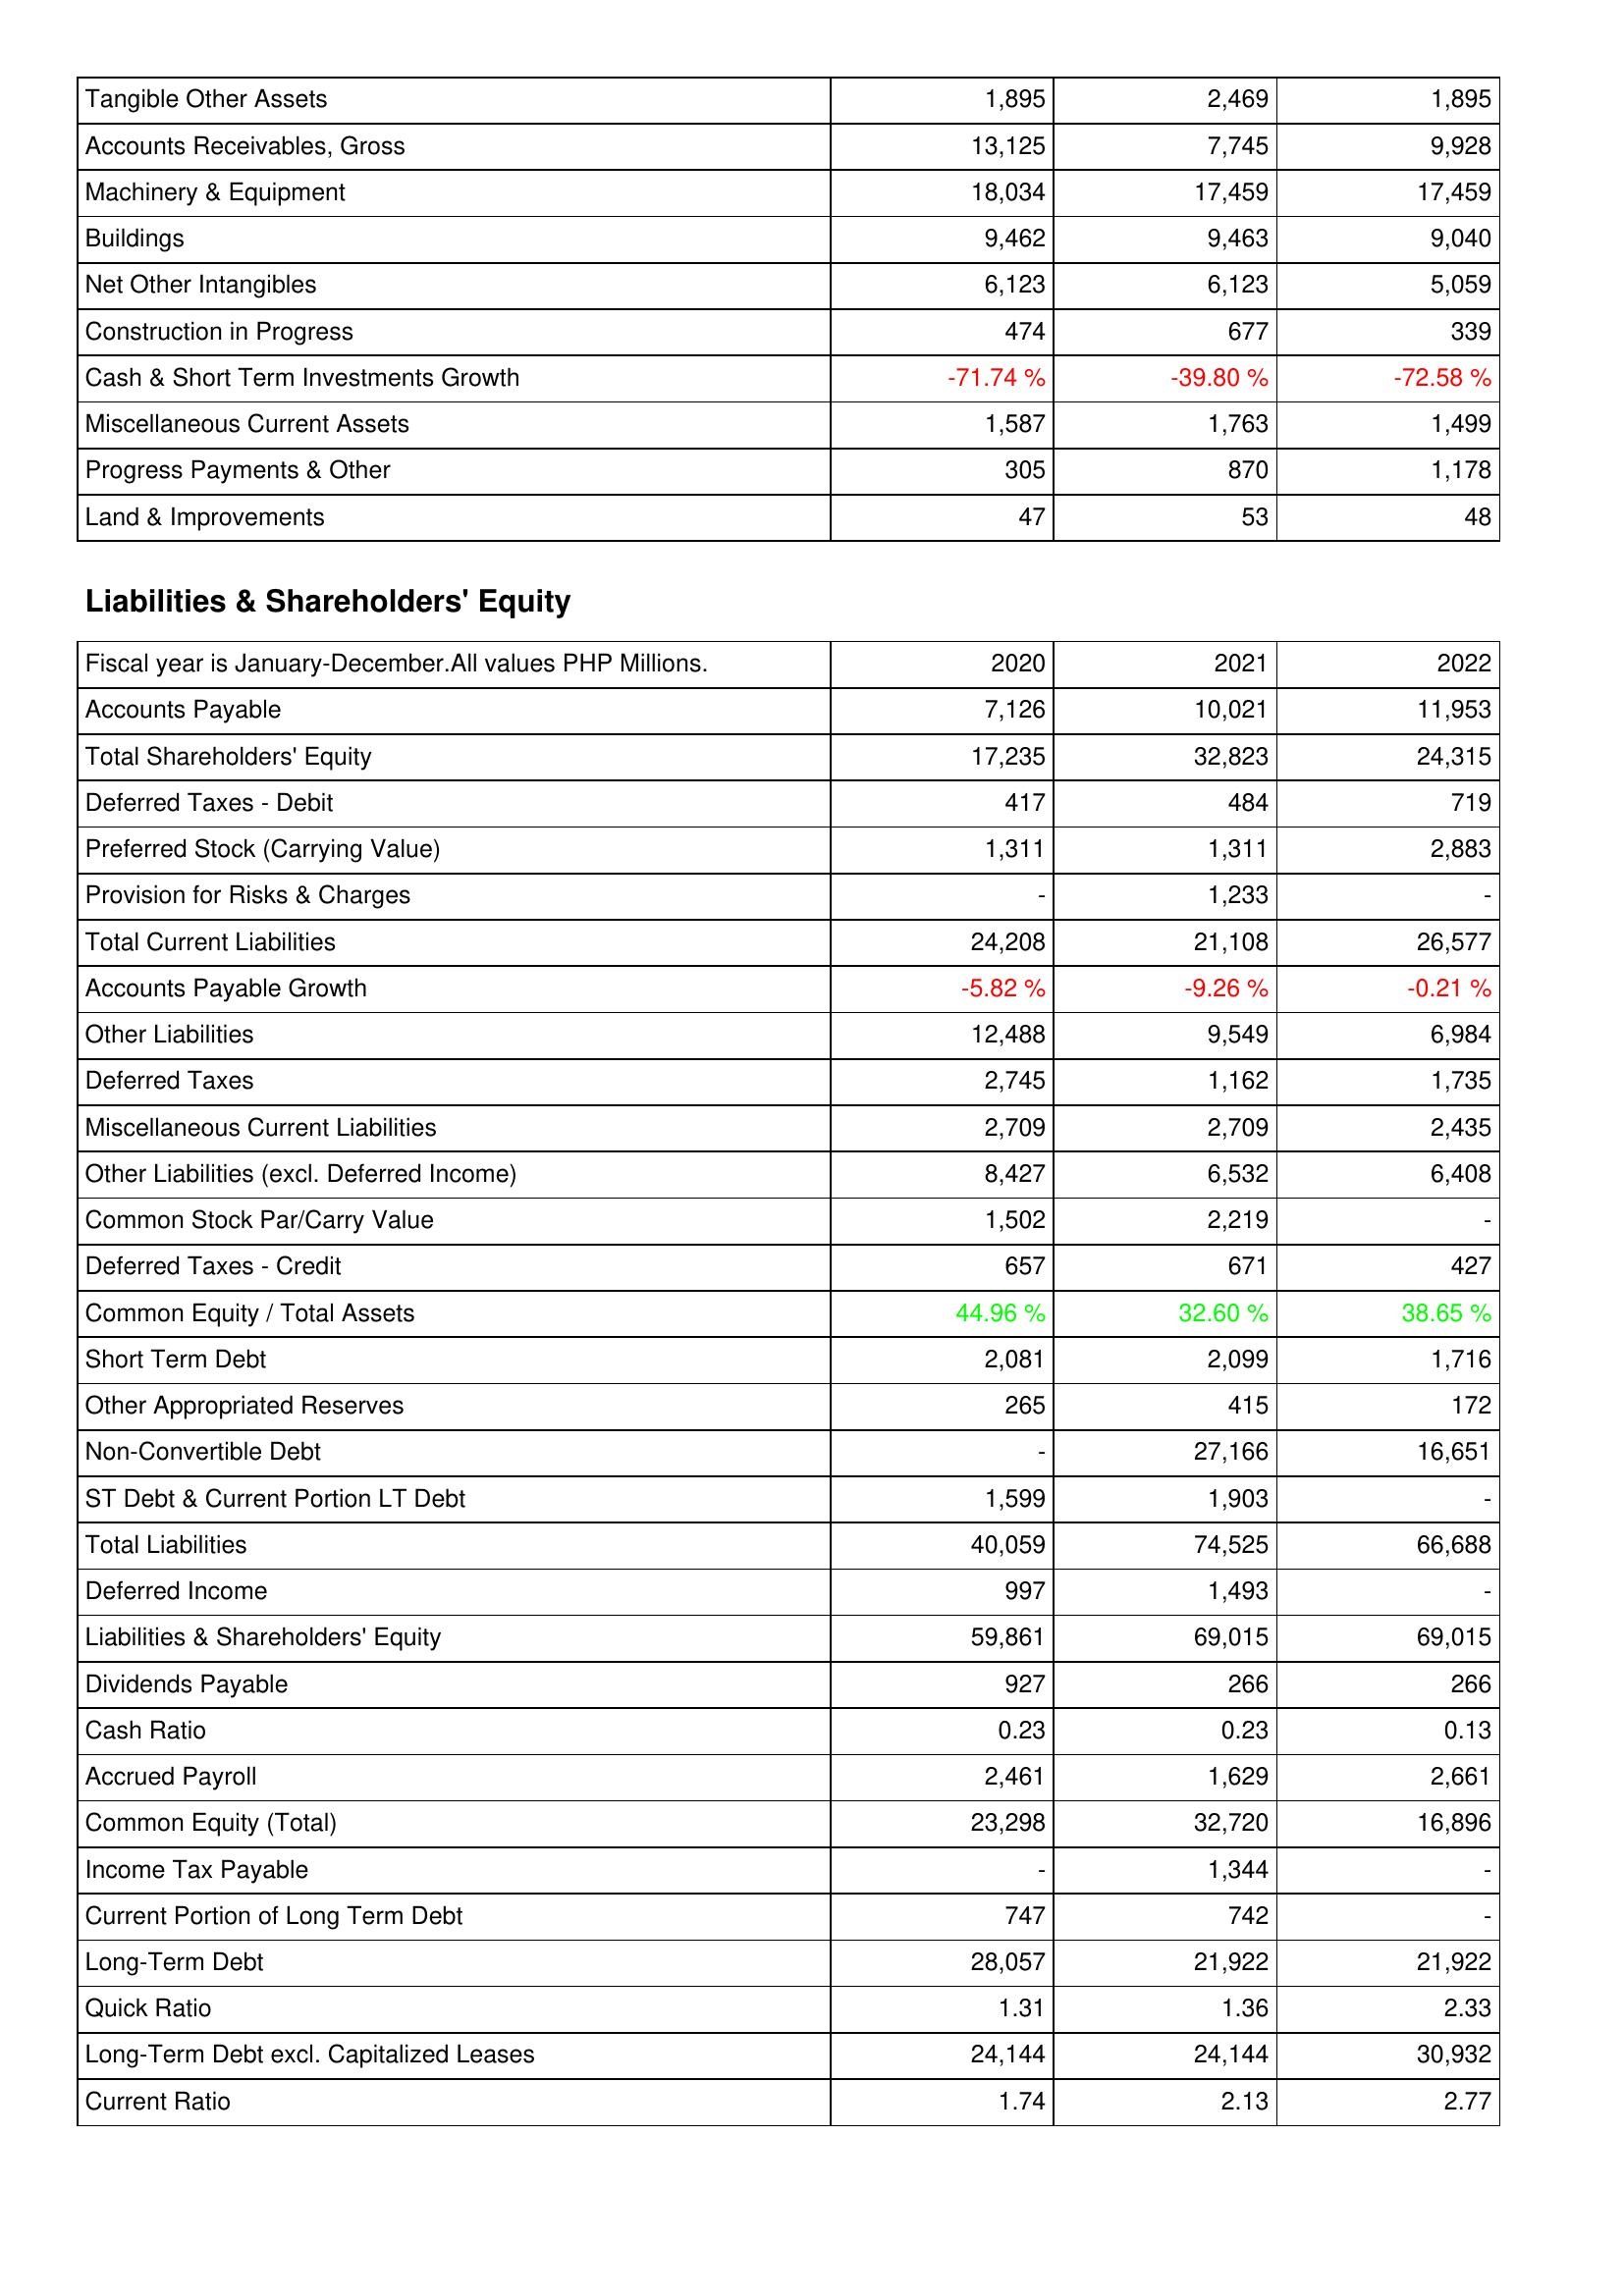
2020: Assets: Tangible Other Assets: 1,895
Accounts Receivables, Gross: 13,125
Machinery & Equipment: 18,034
Buildings: 9,462
Net Other Intangibles: 6,123
Construction in Progress: 474
Cash & Short Term Investments Growth: -71.74 %
Miscellaneous Current Assets: 1,587
Progress Payments & Other: 305
Land & Improvements: 47
Liabilities & Shareholders' Equity: Accounts Payable: 7,126
Total Shareholders' Equity: 17,235
Deferred Taxes - Debit: 417
Preferred Stock (Carrying Value): 1,311
Provision for Risks & Charges: -
Total Current Liabilities: 24,208
Accounts Payable Growth: -5.82 %
Other Liabilities: 12,488
Deferred Taxes: 2,745
Miscellaneous Current Liabilities: 2,709
Other Liabilities (excl. Deferred Income): 8,427
Common Stock Par/Carry Value: 1,502
Deferred Taxes - Credit: 657
Common Equity / Total Assets: 44.96 %
Short Term Debt: 2,081
Other Appropriated Reserves: 265
Non-Convertible Debt: -
ST Debt & Current Portion LT Debt: 1,599
Total Liabilities: 40,059
Deferred Income: 997
Liabilities & Shareholders' Equity: 59,861
Dividends Payable: 927
Cash Ratio: 0.23
Accrued Payroll: 2,461
Common Equity (Total): 23,298
Income Tax Payable: -
Current Portion of Long Term Debt: 747
Long-Term Debt: 28,057
Quick Ratio: 1.31
Long-Term Debt excl. Capitalized Leases: 24,144
Current Ratio: 1.74
2021: Assets: Tangible Other Assets: 2,469
Accounts Receivables, Gross: 7,745
Machinery & Equipment: 17,459
Buildings: 9,463
Net Other Intangibles: 6,123
Construction in Progress: 677
Cash & Short Term Investments Growth: -39.80 %
Miscellaneous Current Assets: 1,763
Progress Payments & Other: 870
Land & Improvements: 53
Liabilities & Shareholders' Equity: Accounts Payable: 10,021
Total Shareholders' Equity: 32,823
Deferred Taxes - Debit: 484
Preferred Stock (Carrying Value): 1,311
Provision for Risks & Charges: 1,233
Total Current Liabilities: 21,108
Accounts Payable Growth: -9.26 %
Other Liabilities: 9,549
Deferred Taxes: 1,162
Miscellaneous Current Liabilities: 2,709
Other Liabilities (excl. Deferred Income): 6,532
Common Stock Par/Carry Value: 2,219
Deferred Taxes - Credit: 671
Common Equity / Total Assets: 32.60 %
Short Term Debt: 2,099
Other Appropriated Reserves: 415
Non-Convertible Debt: 27,166
ST Debt & Current Portion LT Debt: 1,903
Total Liabilities: 74,525
Deferred Income: 1,493
Liabilities & Shareholders' Equity: 69,015
Dividends Payable: 266
Cash Ratio: 0.23
Accrued Payroll: 1,629
Common Equity (Total): 32,720
Income Tax Payable: 1,344
Current Portion of Long Term Debt: 742
Long-Term Debt: 21,922
Quick Ratio: 1.36
Long-Term Debt excl. Capitalized Leases: 24,144
Current Ratio: 2.13
2022: Assets: Tangible Other Assets: 1,895
Accounts Receivables, Gross: 9,928
Machinery & Equipment: 17,459
Buildings: 9,040
Net Other Intangibles: 5,059
Construction in Progress: 339
Cash & Short Term Investments Growth: -72.58 %
Miscellaneous Current Assets: 1,499
Progress Payments & Other: 1,178
Land & Improvements: 48
Liabilities & Shareholders' Equity: Accounts Payable: 11,953
Total Shareholders' Equity: 24,315
Deferred Taxes - Debit: 719
Preferred Stock (Carrying Value): 2,883
Provision for Risks & Charges: -
Total Current Liabilities: 26,577
Accounts Payable Growth: -0.21 %
Other Liabilities: 6,984
Deferred Taxes: 1,735
Miscellaneous Current Liabilities: 2,435
Other Liabilities (excl. Deferred Income): 6,408
Common Stock Par/Carry Value: -
Deferred Taxes - Credit: 427
Common Equity / Total Assets: 38.65 %
Short Term Debt: 1,716
Other Appropriated Reserves: 172
Non-Convertible Debt: 16,651
ST Debt & Current Portion LT Debt: -
Total Liabilities: 66,688
Deferred Income: -
Liabilities & Shareholders' Equity: 69,015
Dividends Payable: 266
Cash Ratio: 0.13
Accrued Payroll: 2,661
Common Equity (Total): 16,896
Income Tax Payable: -
Current Portion of Long Term Debt: -
Long-Term Debt: 21,922
Quick Ratio: 2.33
Long-Term Debt excl. Capitalized Leases: 30,932
Current Ratio: 2.77